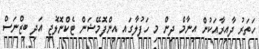
ހަތަރު ދާއިރާއަކުން އިނާމް ދިން މި ހަފުލާގައި އިންފޮމޭޝަން ޓެކްނޮލޮޖީ އަދި ބިޒްނަސް